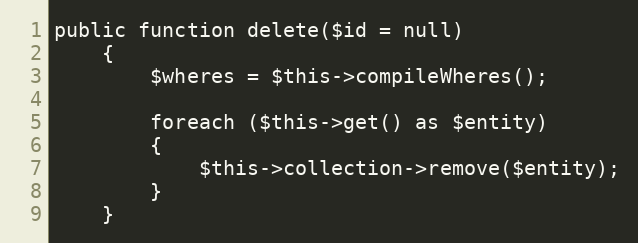
Language: PHP
public function delete($id = null)
	{
		$wheres = $this->compileWheres();

		foreach ($this->get() as $entity)
		{
			$this->collection->remove($entity);
		}
	}